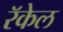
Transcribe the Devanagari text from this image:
रॅकेल